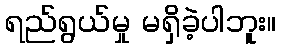
ရည်ရွယ်မှု မရှိခဲ့ပါဘူး။